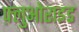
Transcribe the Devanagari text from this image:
फ़्लुओराइड